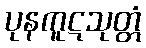
ပုနကူဋသုတ္တံ